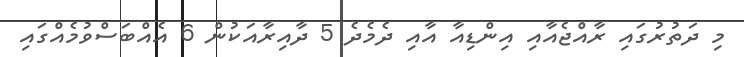
މި ދަތުރުގައި ރާއްޖެއާއި އިންޑިއާ އާއި ދެމެދެ 5 ދާއިރާއަކުން 6 އެއްބަސްވުމެއްގައި